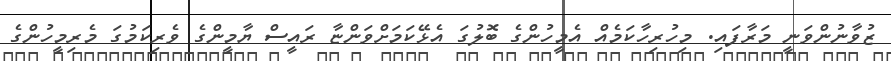
ޒުވާނުންވަނީ މަރާފައި. މިހުރިހާކަމެއް އެމީހުންގެ ބޮލުގަ އެޅޭކަމަށްވަންޏާ ރައީސް ޔާމީންގެ ވެރިކަމުގަ މެރިމީހުންގެ